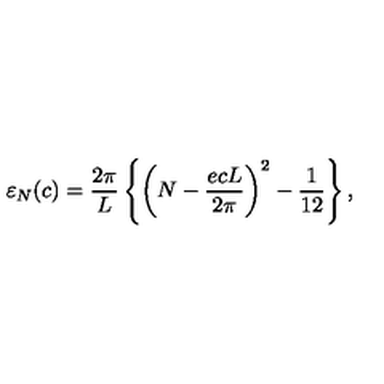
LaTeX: { \varepsilon } _ { N } ( c ) = \frac { 2 \pi } { L } \left\{ \left( N - \frac { e c L } { 2 \pi } \right) ^ { 2 } - \frac { 1 } { 1 2 } \right\} ,